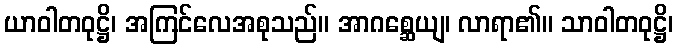
ယာဝါတဝုဋ္ဌိ၊ အကြင်လေအစုသည်။ အာဂစ္ဆေယျ၊ လာရာ၏။ သာဝါတဝုဋ္ဌိ၊